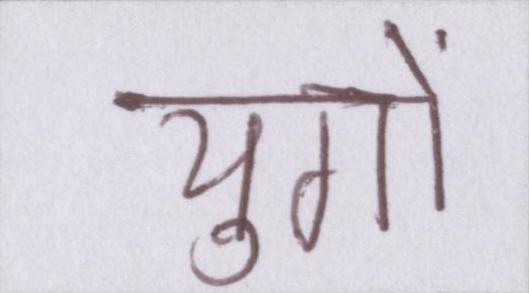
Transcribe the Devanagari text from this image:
युगों